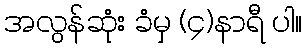
အလွန်ဆုံး ခံမှ (၄)နာရီ ပါ။